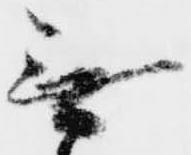
無